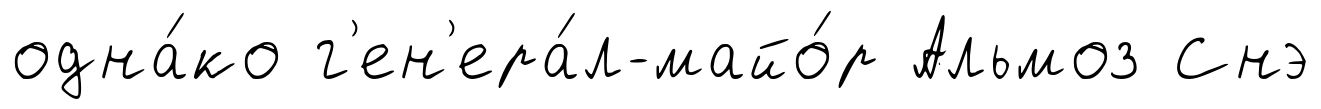
одна́ко г'ен'ера́л-майо́р Альмоз Снэ